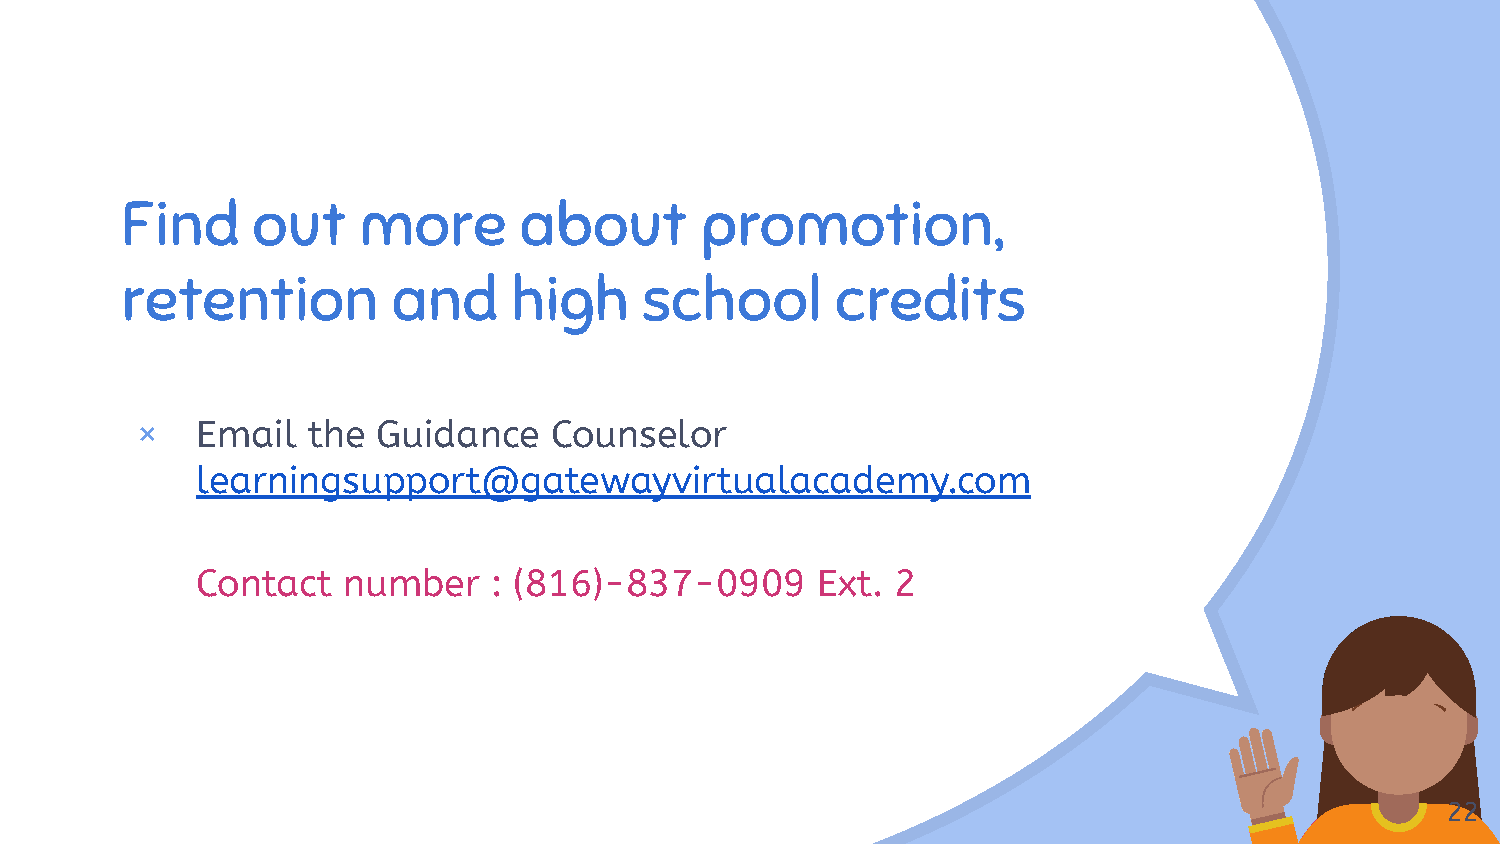
“
 Find     out    more      about       promotion,
 retention         and     high     school      credits
 ×   Email  the  Guidance   Counselor
 learningsupport@gatewayvirtualacademy.com
 Contact   number   : (816)-837-0909      Ext. 2
 22